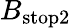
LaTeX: B_{\mathrm{stop2}}